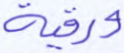
ورقية